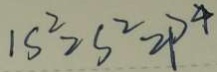
1 s ^ { 2 } > s ^ { 2 } > p ^ { 4 }